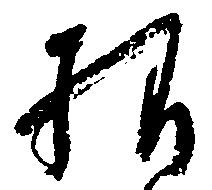
様